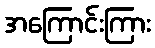
အကြောင်းကြား